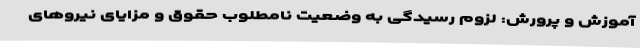
آموزش و پرورش: لزوم رسیدگی به وضعیت نامطلوب حقوق و مزایای نیروهای